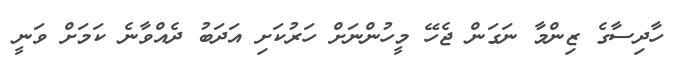
ހާދިސާގެ ޒިންމާ ނަގަން ޖެހޭ މީހުންނަށް ހަރުކަށި އަދަބު ދެއްވާނެ ކަމަށް ވަނީ